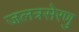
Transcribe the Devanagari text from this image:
जलत्रसेरणु